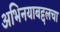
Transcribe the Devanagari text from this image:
अभिनयाबद्दलचा